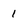
Character: 1